Vaccine operations Central Provinces 1900-1911 - 1900-1911
Year: 1900
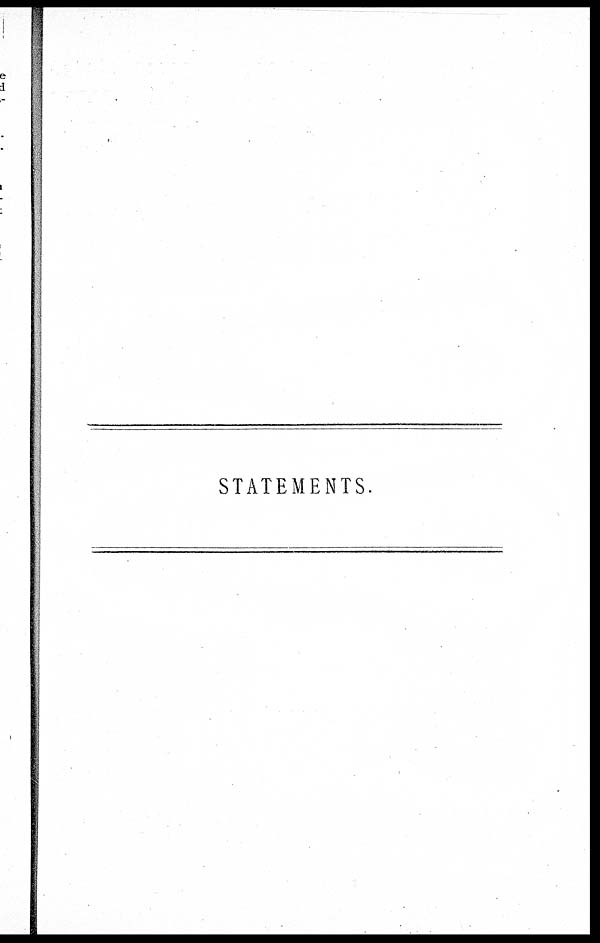
STATEMENTS.